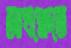
আখক্ষেতে